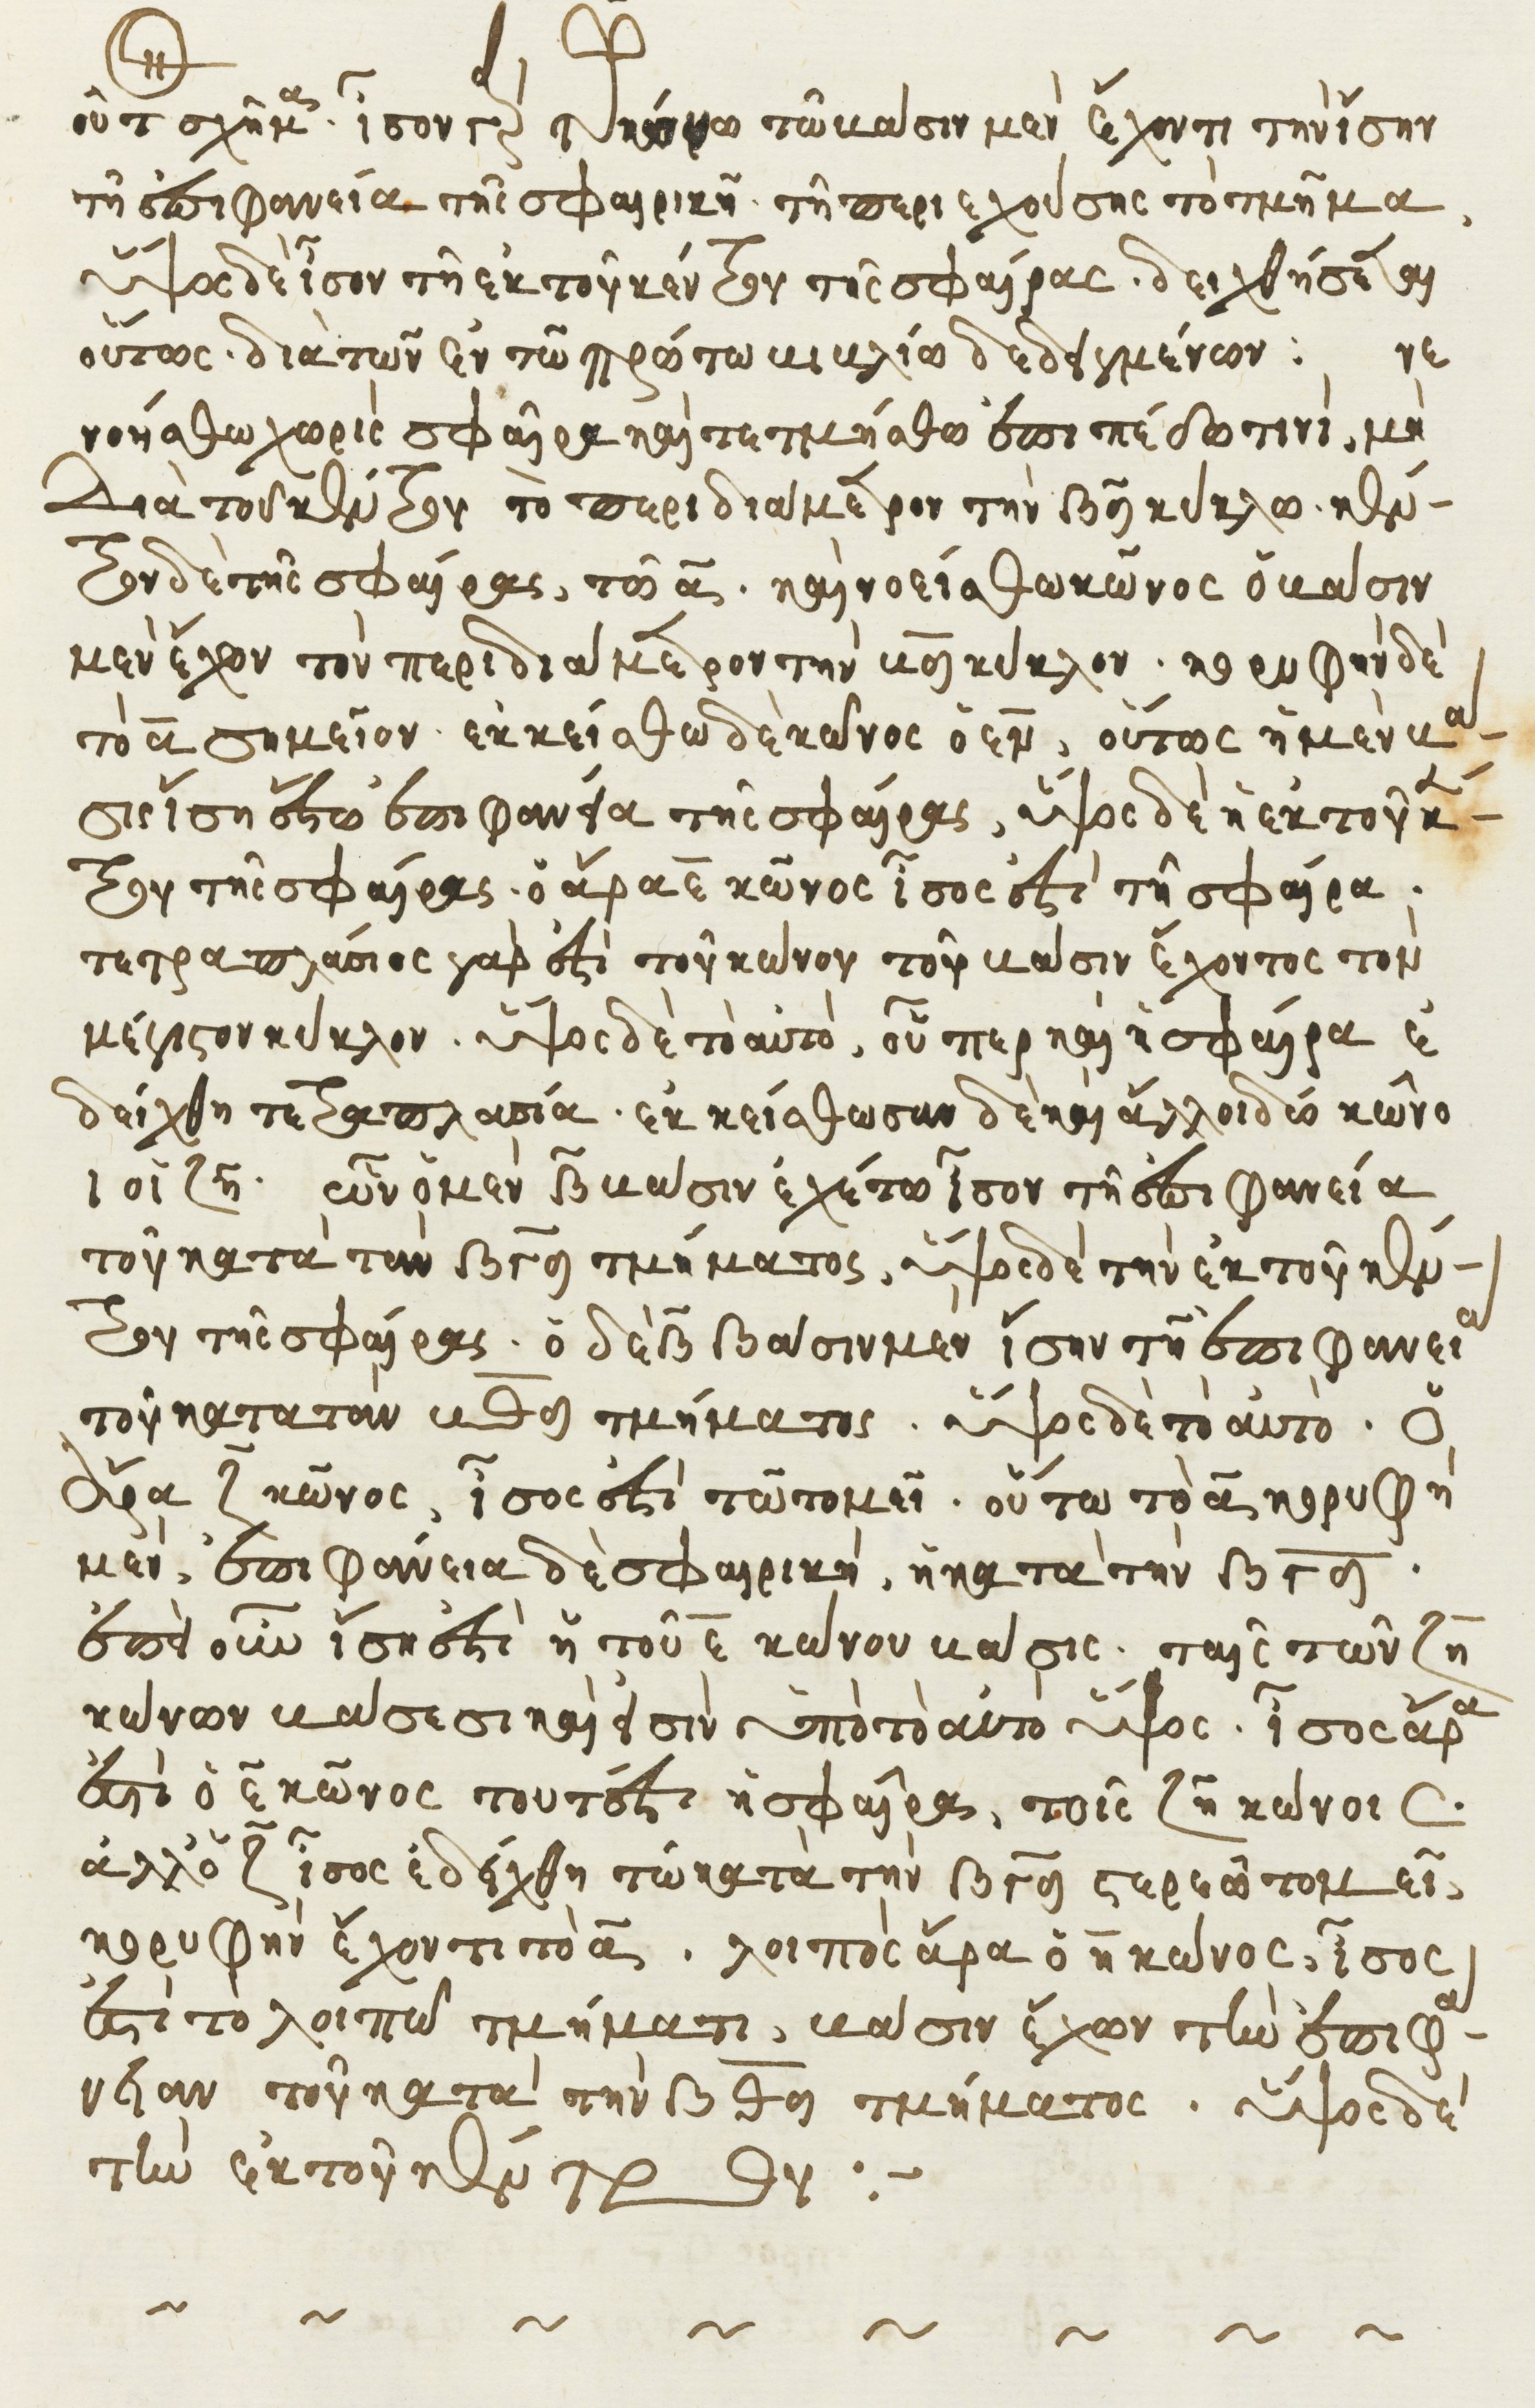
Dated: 1541–1541